Calcutta medical institutions reports 1879-81 [i.e.91]
Year: 1879
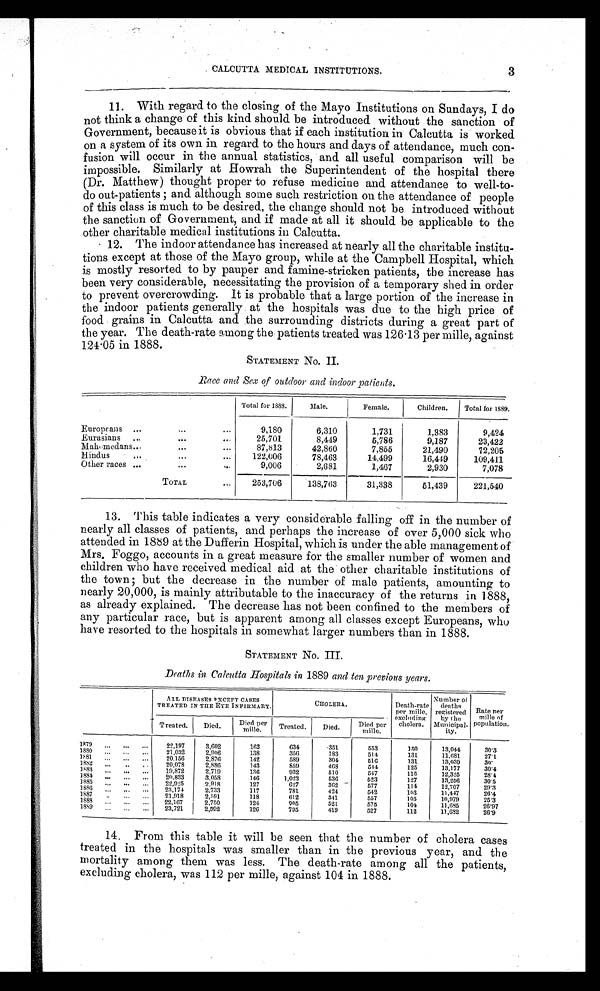
3
CALCUTTA MEDICAL INSTITUTIONS.
11.With regard to the closing of the Mayo Institutions on Sundays, I do
not think a change of this kind should be introduced without the sanction of
Government, because it is obvious that if each institution in Calcutta is worked
on a system of its own in regard to the hours and days of attendance, much con-
fusion will occur in the annual statistics, and all useful comparison will be
impossible. Similarly at Howrah the Superintendent of the hospital there
(Dr. Matthew) thought proper to refuse medicine and attendance to well-to-
d o o u t - p a t i e n t s ; a n d a l t h o u g h s o me s u c h r e s t r i c t i o n o n t h e a t t e n d a n c e o f p e o p l e
of this class is much to be desired, the change should not be introduced without
the sanction of Government, and if made at all it should be applicable to the
other charitable medical institutions in Calcutta.
12. The indoor attendance has increased at nearly all the charitable institu-
tions except at those of the Mayo group, while at the Campbell Hospital, which
is mostly resorted to by pauper and famine-stricken patients, the increase has
been very considerable, necessitating the provision of a temporary shed in order
to prevent overcrowding. It is probable that a large portion of the increase in
the indoor patients generally at the hospitals was due to the high price of
food grains in Calcutta and the surrounding districts during a great part of
the year. The death-rate among the patients treated was 126.13 per mille, against
124.05 in 1888.
STATEMENT No. II.
R a c e a n d S e x o f o u t d o o r a n d i n d o o r p a t i e n t s .
Europeans ...
...
...
Total for 1888.
Male.
Female.
Children. Total for 1889.
9,180
6,310
1,731
1,383
9,424
Eurasians
...
. . .
...
25,701
8,449
5,786
9,187
23,422
Mahemedans . . .
...
...
87,813
42,860
7,855
21,490
72,205
Hindus
...
. . .
...
122,006
78,463
14,499
16,449
109,411
Other races
. . .
...
. . .
9,006
2,681
1,467
2,930
7,078
TOTAL
,..
253,706
138,763
31,338
51,439
221,540
13. This table indicates a very considerable falling off in the number of
nearly all classes of patients, and perhaps the increase of over 5,000 sick who
attended in 1889a t t h e D u f f e r i n H o s p i t a l , w h i c h i s u n d e r t h e a b l e m a n a g e m e n t o f
Mrs. Foggo, accounts in a great measure for the smaller number of women and
children who have received medical aid at the other charitable institutions of
t h e t o w n ; b u t t h e d e c r e a s e i n t h e n u mb e r o f ma l e p a t i e n t s , a mo u n t i n g t o
nearly 20,000, is mainly attributable to the inaccuracy of the returns in 1888,
as already explained. The decrease has not been confined to the members of
any particular race, but is apparent among all classes except Europeans, who
have resorted to the hospitals in somewhat larger numbers than in 1888.
STATEMENT No. III.
Deaths in Calcutta Hospitals in 1889 and ten previous years.
AIL DISEASES EXCEPT CASES
TREATED IN THE EYE INFIRMARY.
CHOLERA.
Death-rate
per mille,
excluding
cholera.
Number of
deaths
registered
by the
Municipal-
ity.
Rate ner
mille of
population.
Treated. Died.
Died per
mille.
Treated.
Died.
Died per
mille.
1879
. . .
...
...
22,197
3,602
162
634
351
553
150
13,044
30.3
1880
. . .
...
21,032
2,94
138
356
183
514
131
11,681
27.1
1881
. . .
...
...
2 0 . 1 5 6
2,876
142
589
304
510
131
13,030
3 0 .
1882
..,
..
20,078
2,886
143
859
468
514
125
13,177
30.4
1 8 8 8
•••
. . .
...
19,872
2,719
136
932
510
547
116
12,325
28.4
1884
. . .
..,
..,
20.833
3,058
146
1,023
63
523
127
13,256
30.5
1885
..,
...
2 2 , 9 2 5
2,918
127
627
362
677
114
12,707
2 9 . 3
3856
..,
.,.
...
28,174
2,733
117
781
424
542
103
11,447
2 8 . 4
1 8 8 7
. . . .
...
21,918
2,191
118
612
3.11
557
105
10,979
25.3
1888
...
22,107
2,750
124
905
521
575
104
11,695
2 6 . 9 7
1 8
8 9
. . .
. . .
...
23,721
2 , 9 9 2
126
795
419
527
112
17,682
2 6 . 9
14. From this table it will be seen that the number of cholera cases
treated in the hospitals was smaller than in the previous year, and the
mortality among them was less. The death-rate among all the patients,
excluding cholera, was 112 per mille, against 104 in 1888.